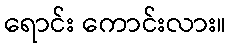
ရောင်း ကောင်းလား။